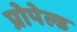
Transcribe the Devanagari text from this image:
प्रोपेल्ड